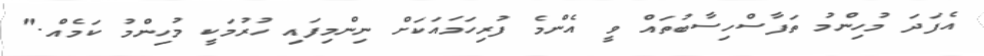
އެފަދަ މުހިންމު ތަފާސްހިސާބުތައް ވީ އެންމެ ފުރިހަމައަކަށް ނިންމިފައި ހުރުމަކީ މުހިންމު ކަމެއް."